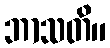
ဘာသတိ။